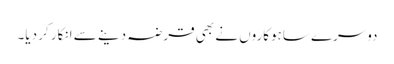
دوسرے ساہوکاروں نے بھی قرضہ دینے سے انکار کر دیا۔